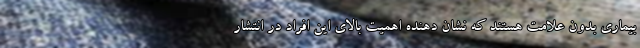
بیماری بدون علامت هستند که نشان دهنده اهمیت بالای این افراد در انتشار